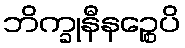
ဘိက္ခုနီနဉ္စေပိ